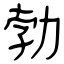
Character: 勃